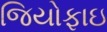
જિયોફાઇ